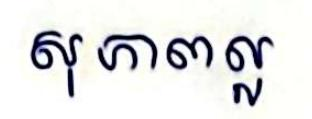
សុភាពល្អ